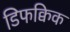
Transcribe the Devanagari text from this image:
डिफक्विक